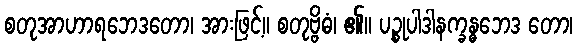
စတုအာဟာရဘေဒတော၊ အားဖြင့်။ စတုဗ္ဗိဓံ၊ ၏။ ပဉ္စုပါဒါနက္ခန္ဓဘေဒ တော၊